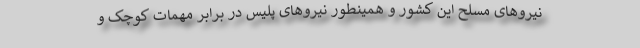
نیروهای مسلح این کشور و همینطور نیروهای پلیس در برابر مهمات کوچک و